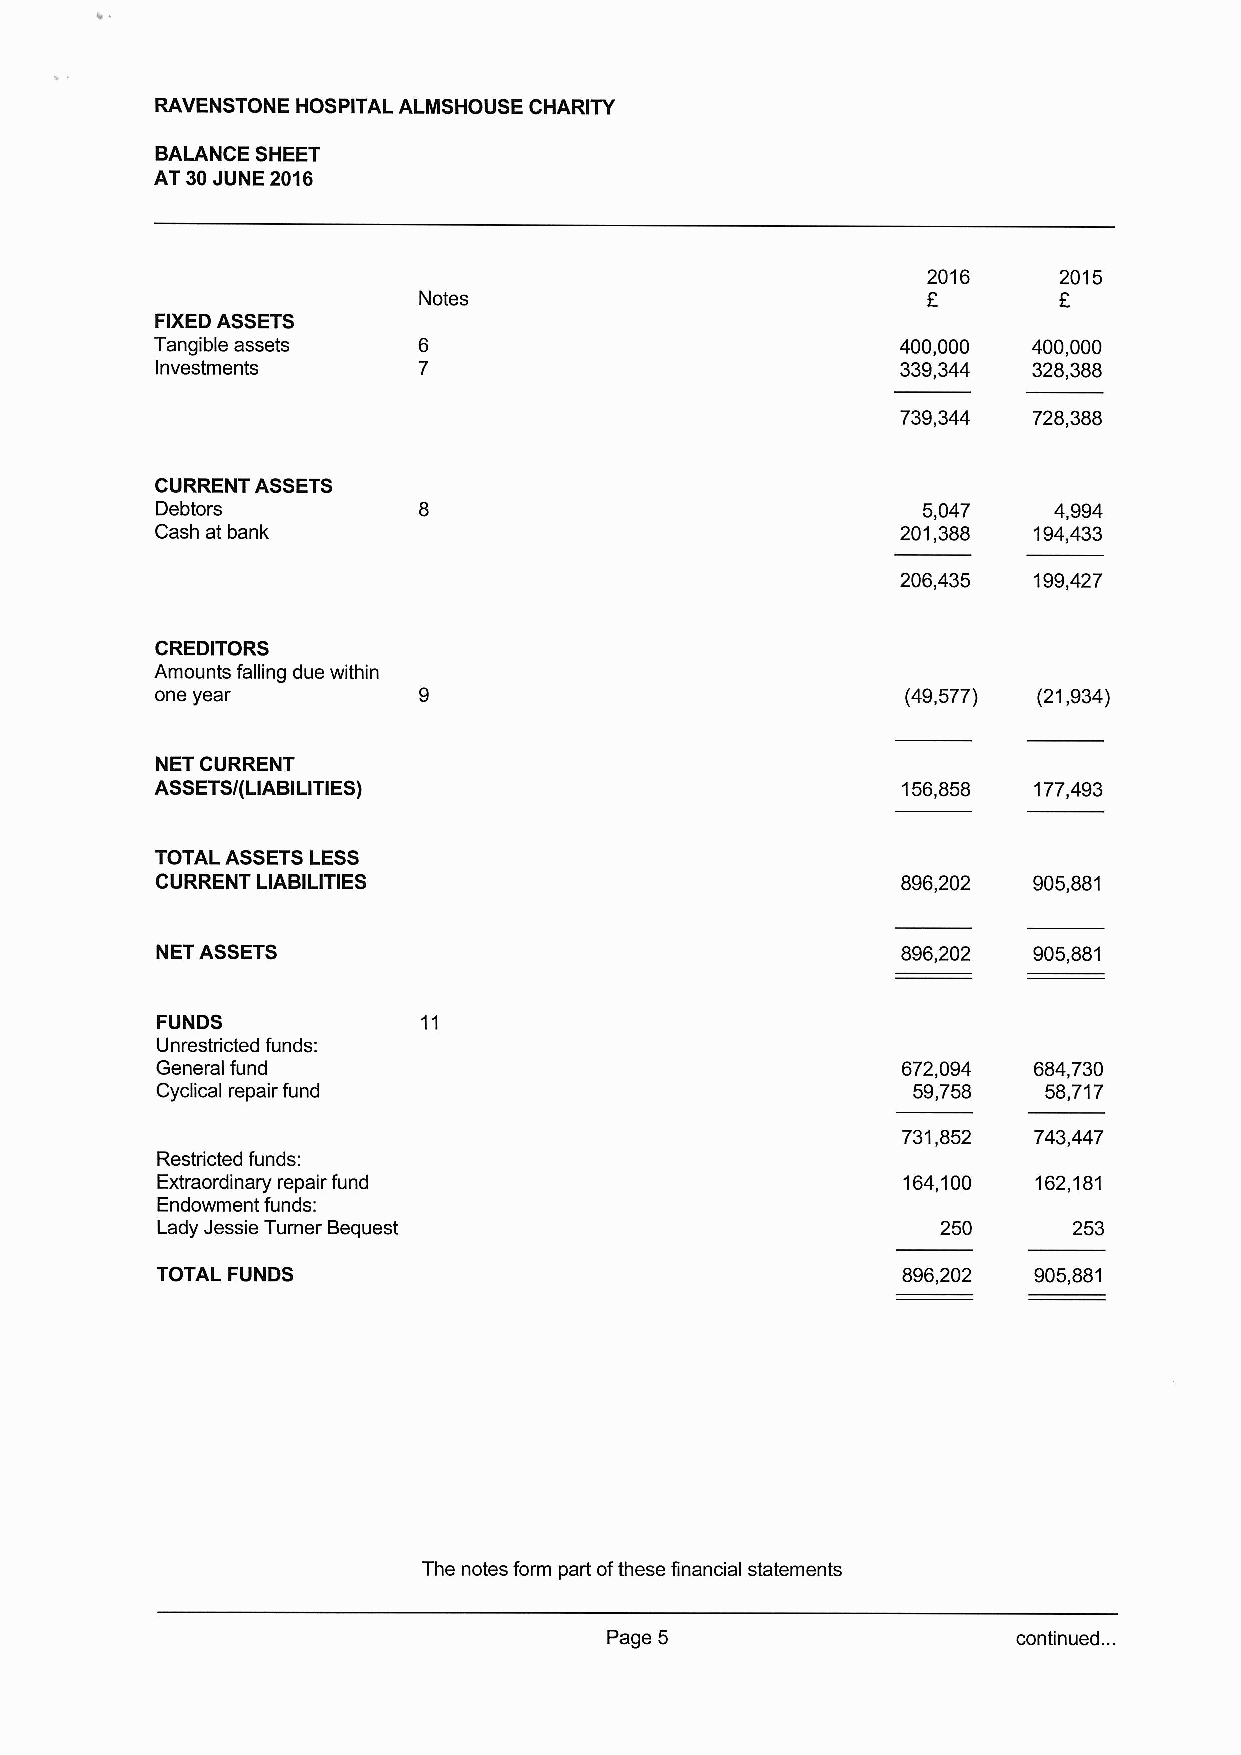
RAVENSTONE HOSPITAL ALMSHOUSE CHARITY
 BALANCE SHEET
 AT 30JUNE 2016
 2016     2015
 Notes                            E        F
 FIXEDASSETS
 Tangible assets                                   400,000 400,000
 Investments                                       339,344 328,388
 739,344 728,388
 CURRENT ASSETS
 Debtors                                            5,047    4,994
 Cash at bank                                      201,388 194,433
 206,435 199,427
 CREDITORS
 Amounts falling due within
 one year                                          (49,577) (21,934)
 NET CURRENT
 ASSETS/(LIABILITIES)                              156,858 177,493
 TOTAL ASSETSLESS
 CURRENT LIABILITIES                               896,202 905,881
 NET ASSETS                                        896,202 905,881
 FUNDS
 Unrestricted funds:
 General fund                                      672,094 684,730
 Cyclical repair fund                              59,758   58,717
 731,852 743,447
 Restricted funds:
 Extraordinary repair fund                         164,100 162,181
 Endowment funds:
 Lady Jessie Turner Bequest                          250      253
 TOTAL FUNDS                                       896,202 905,881
 The notes form part ofthese financial statements
 Page 5                     continued. ..